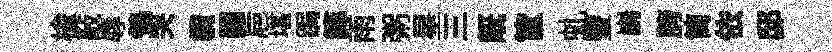
榆敲辱鴒哭纜顛巵堪跼筭雨粥星三旣筐虬䜿巋胯筒依邸